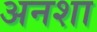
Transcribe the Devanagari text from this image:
अनशा